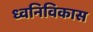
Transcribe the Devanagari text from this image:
ध्वनिविकास